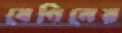
বেগিনের